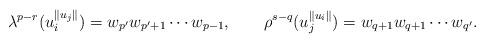
LaTeX: \begin{align*}\lambda^{p-r}(u_i^{\|u_j\|}) = w_{p'}w_{p'+1}\cdots w_{p-1}, && \rho^{s-q}(u_j^{\|u_i\|}) = w_{q+1}w_{q+1}\cdots w_{q'}.\end{align*}